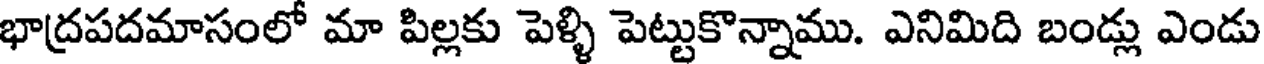
భాద్రపదమాసంలో మా పిల్లకు పెళ్ళి పెట్టుకొన్నాము. ఎనిమిది బండ్లు ఎండు